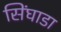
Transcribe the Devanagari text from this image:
सिंघाडा